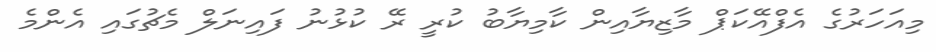
މިއަހަރުގެ އެފްއޭކަޕް މާޒިޔާއިން ކާމިޔާބު ކުރީ ރޭ ކުޅުނު ފައިނަލް މެޗުގައި އެންމެ